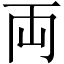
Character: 両